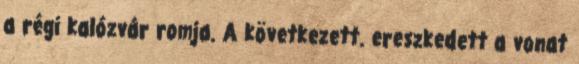
a régi kalózvár romja. A következett. ereszkedett a vonat